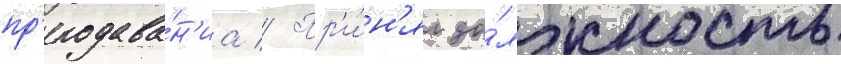
пр'еподава́н'иа // Пр'и́н'ял до́лжность